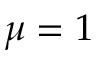
\mu = 1